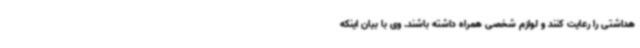
هداشتی را رعایت کنند و لوازم شخصی همراه داشته باشند. وی با بیان اینکه